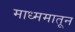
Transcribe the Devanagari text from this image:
माध्ममातून